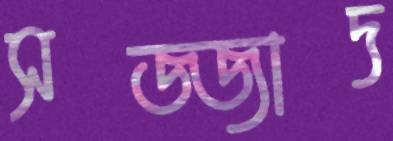
সজ্জাদ